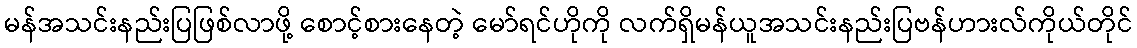
မန်အသင်းနည်းပြဖြစ်လာဖို့ စောင့်စားနေတဲ့ မော်ရင်ဟိုကို လက်ရှိမန်ယူအသင်းနည်းပြဗန်ဟားလ်ကိုယ်တိုင်